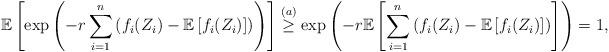
LaTeX: \begin{align*}\mathbb{E}\left[\exp\left(-r\sum_{i=1}^n \left( f_i(Z_i) - \mathbb{E}\left[f_i(Z_i)\right] \right)\right) \right] \overset{(a)}{\geq} \exp\left(-r\mathbb{E}\left[\sum_{i=1}^n \left( f_i(Z_i) - \mathbb{E}\left[f_i(Z_i)\right] \right)\right]\right) = 1,\end{align*}